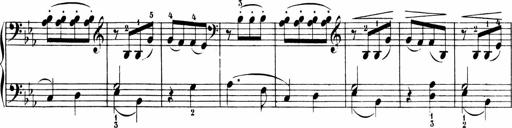
Title: Sonatinen Op.47, 98 und 136, nebst 6 Liedersonatinen
Composer: Carl Reinecke